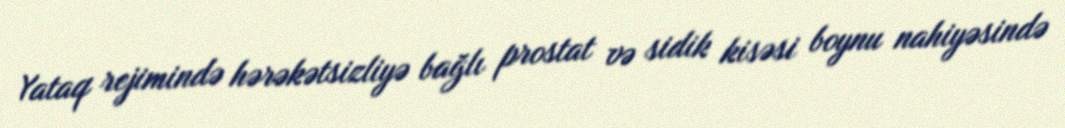
Yataq rejimində hərəkətsizliyə bağlı prostat və sidik kisəsi boynu nahiyəsində